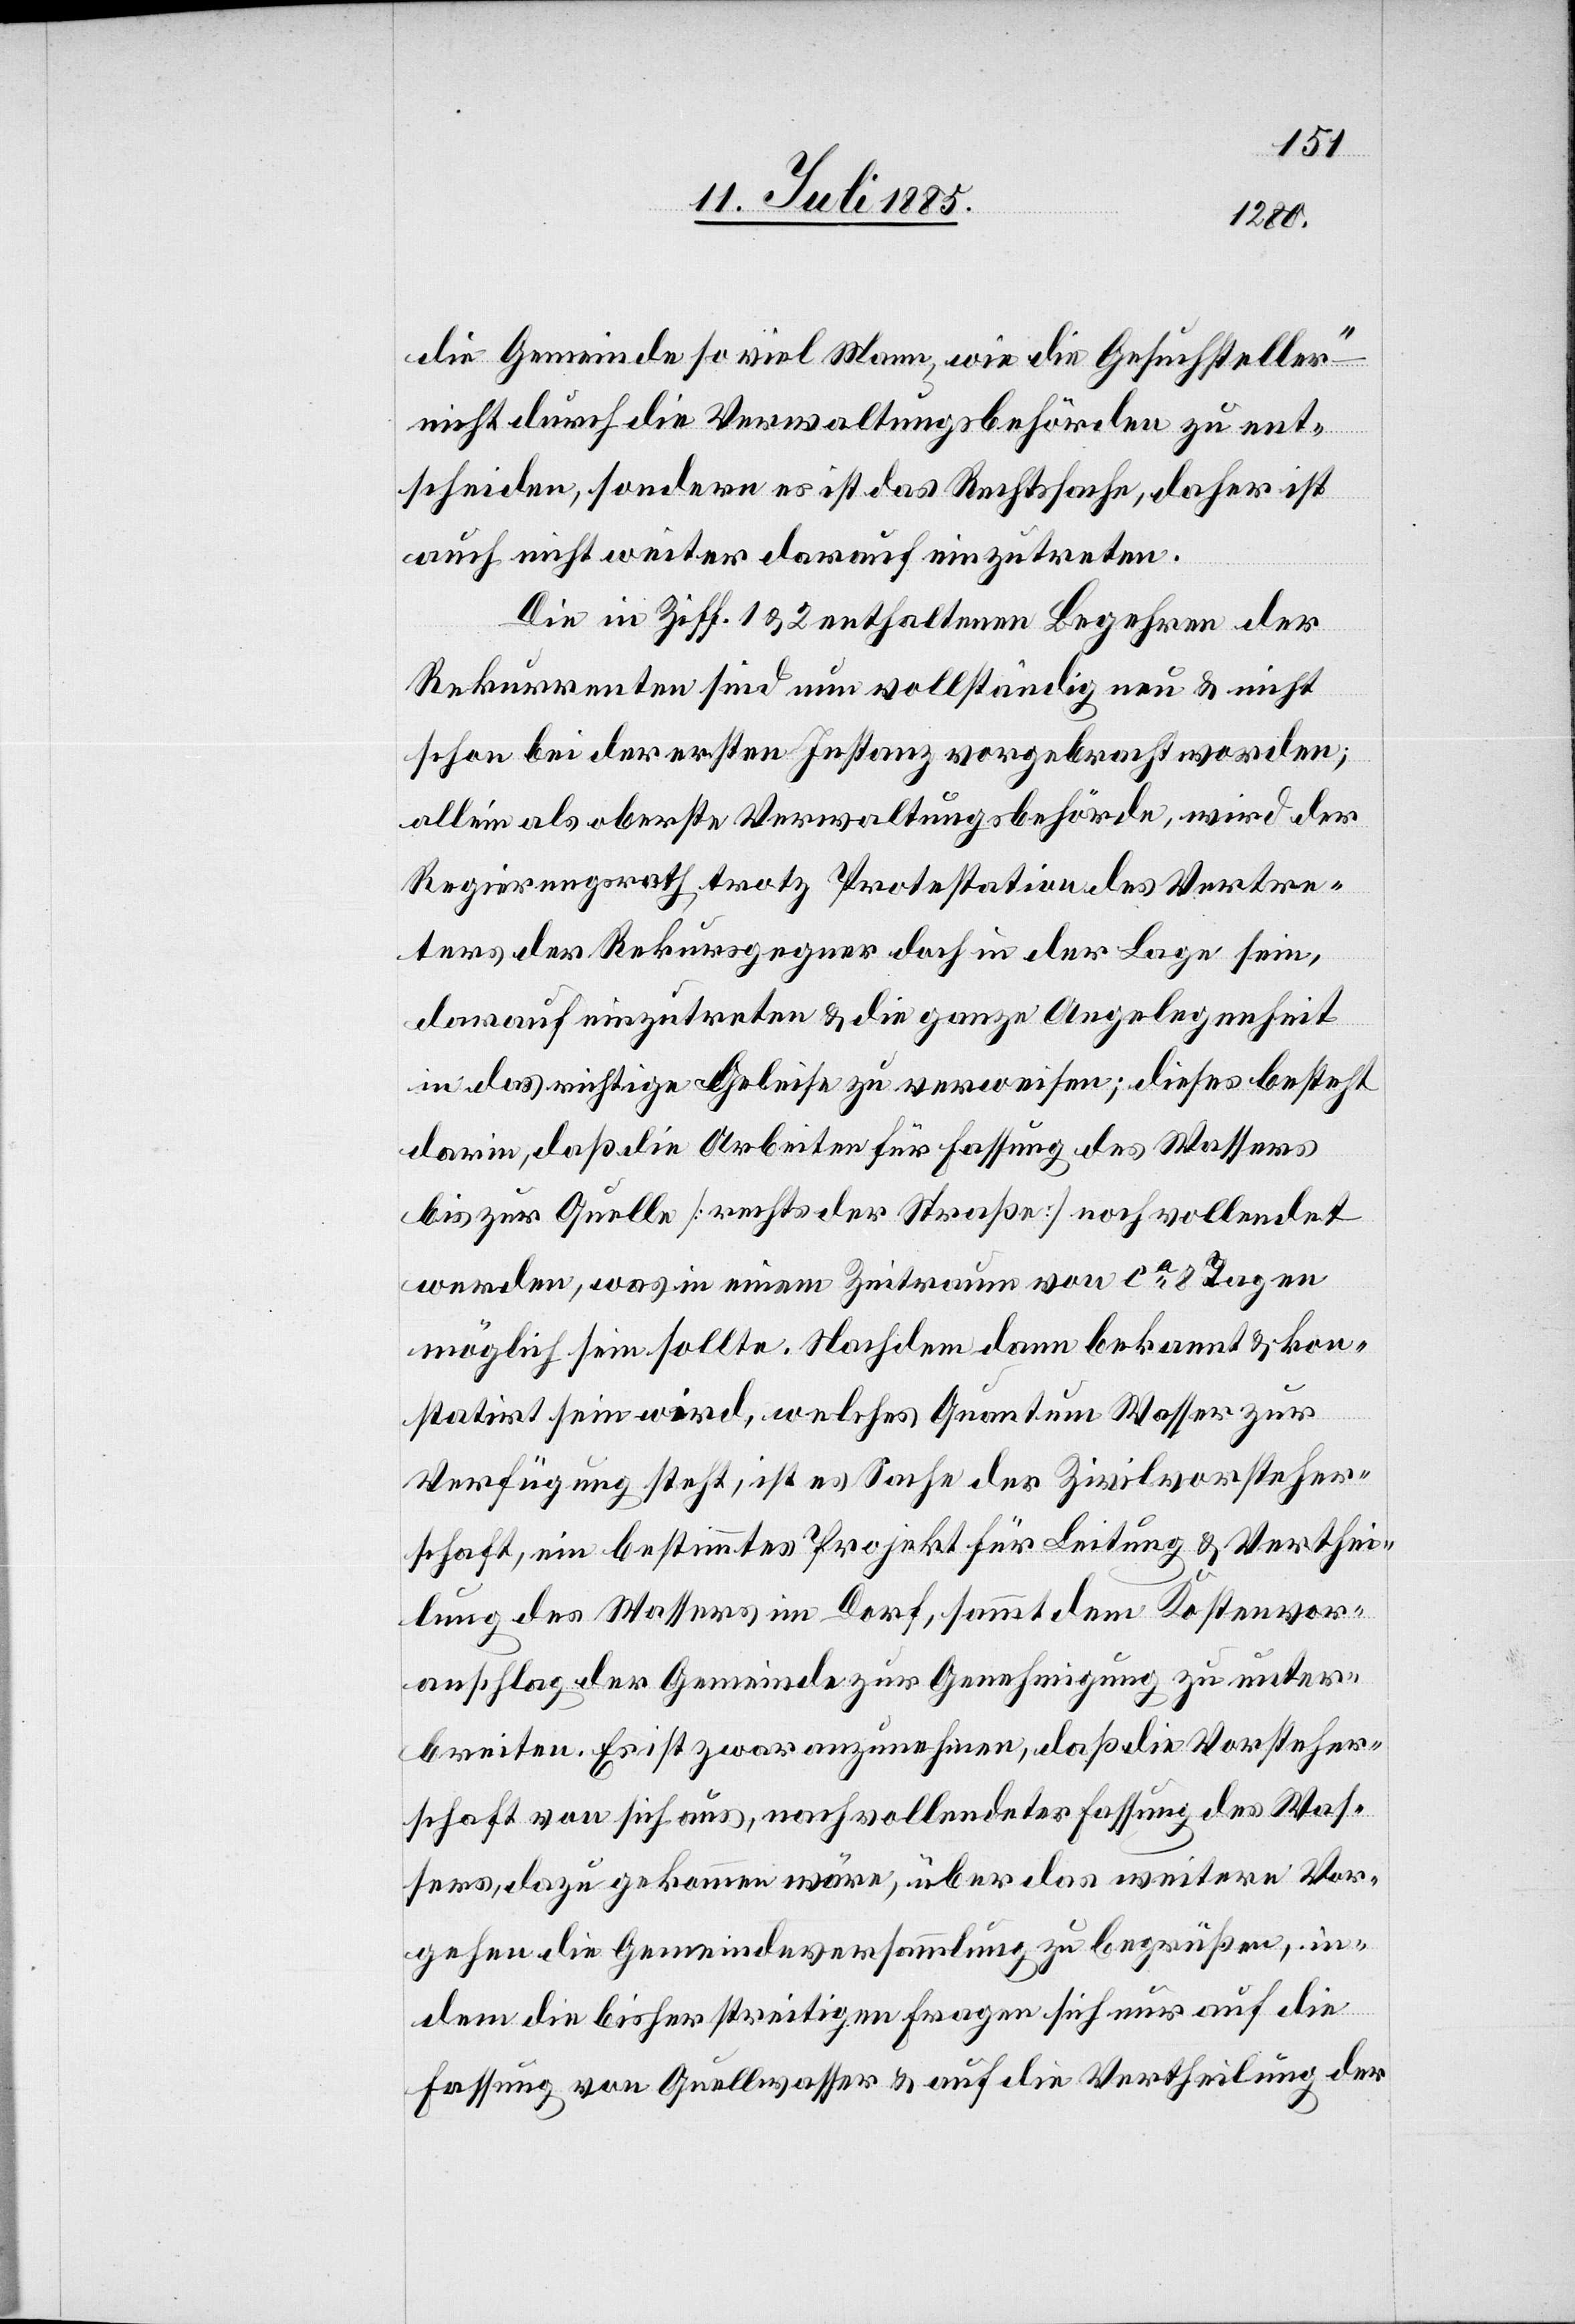
die Gemeinde so viel Mann, wie die Gesuchsteller“
nicht durch die Verwaltungsbehörden zu ent¬
scheiden, sondern es ist das Rechtssache, daher ist
auch nicht weiter darauf einzutreten.
Die in Ziff. 1 & 2 enthaltenen Begehren der
Rekurrenten sind nun vollständig neu & nicht
schon bei der ersten Instanz vorgebracht worden;
allein als oberste Verwaltungsbehörde, wird der
Regierungsrath trotz Protestation des Vertre¬
ters der Rekursgegner doch in der Lage sein,
darauf einzutreten & die ganze Angelegenheit
in das richtige Geleise zu verweisen; dieses besteht
darin, daß die Arbeiten für Fassung des Wassers
bis zur Quelle [rechts der Straße] noch vollendet
werden, was in einem Zeitraum von ca 8 Tagen
möglich sein sollte. Nachdem dann bekannt & kon¬
statirt sein wird, welches Quantum Wasser zur
Verfügung steht, ist es Sache der Zivilvorsteher¬
schaft, ein bestimmtes Projekt für Leitung & Verthei¬
lung des Wassers im Dorf, sammt dem Kostenvor¬
anschlag der Gemeinde zur Genehmigung zu unter¬
breiten. Es ist zwar anzunehmen, daß die Vorsteher¬
schaft von sich aus, nach vollendeter Fassung des Was¬
sers, dazu gekommen wäre, über das weitere Vor¬
gehen die Gemeindeversammlung zu begrüßen, in¬
dem die bisher streitigen Fragen sich nur auf die
Fassung von Quellwasser & auf die Vertheilung der